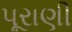
પૂરાણી